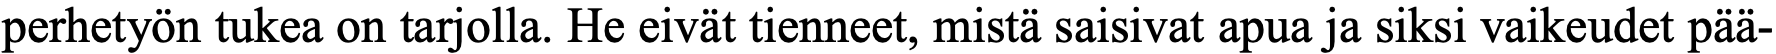
perhetyön tukea on tarjolla. He eivät tienneet, mistä saisivat apua ja siksi vaikeudet pää-